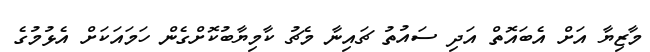
މާޒިޔާ އަށް އެބައޮތް އަދި ސައުތު ޗައިނާ މެޗު ކާމިޔާބުކޮށްގެން ހަމައަކަށް އެޅުމުގެ